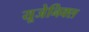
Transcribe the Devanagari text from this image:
यूजेनिक्स